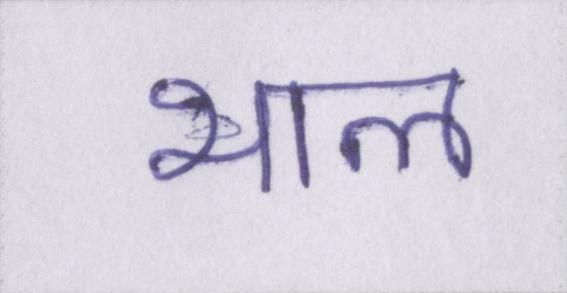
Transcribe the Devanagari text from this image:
भाल